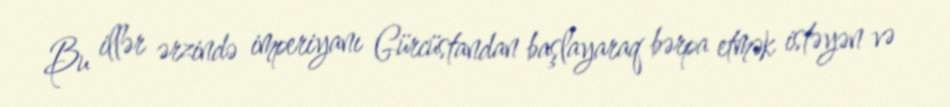
Bu illər ərzində imperiyanı Gürcüstandan başlayaraq bərpa etmək istəyən və